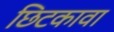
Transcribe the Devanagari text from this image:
छिटकावा